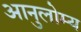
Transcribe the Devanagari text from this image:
आनुलोम्य